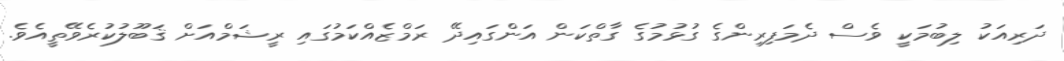
ދަރިއަކު ލިބުމަކީ ވެސް ދެމަފިރިންގެ ގުޅުމުގެ ގާތްކަން އަންގައިދޭ ރަމްޒެއްކަމުގައި ރީޝަމްއަށް ޤަބޫލުކުރެވޭތީއެވެ.